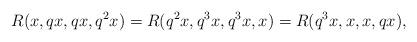
LaTeX: \begin{align*} R(x, qx, qx, q^{2}x)=R(q^{2}x, q^{3}x, q^{3}x, x)=R(q^{3}x, x, x, qx), \end{align*}